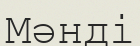
Мәнді